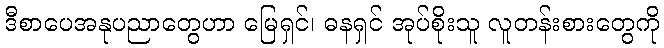
ဒီစာပေအနုပညာတွေဟာ မြေရှင်၊ ဓနရှင် အုပ်စိုးသူ လူတန်းစားတွေကို